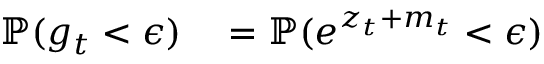
\begin{array} { r l } { \mathbb { P } ( g _ { t } < \epsilon ) } & { { } = \mathbb { P } ( e ^ { z _ { t } + m _ { t } } < \epsilon ) } \end{array}